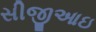
સીજીઆઇ